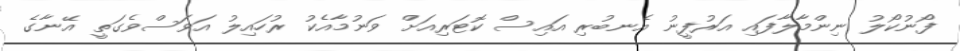
ފޯނުކޯލު ނިންމާލާފައި އަރުފީނު އެނބުރި އައިސް ކޮޓަރިއަށް ވަނުމާއެކު ރުހައިލު އަވަސްވެގަތީ އޭނާގެ